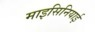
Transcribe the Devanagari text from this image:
माइसिनियाई